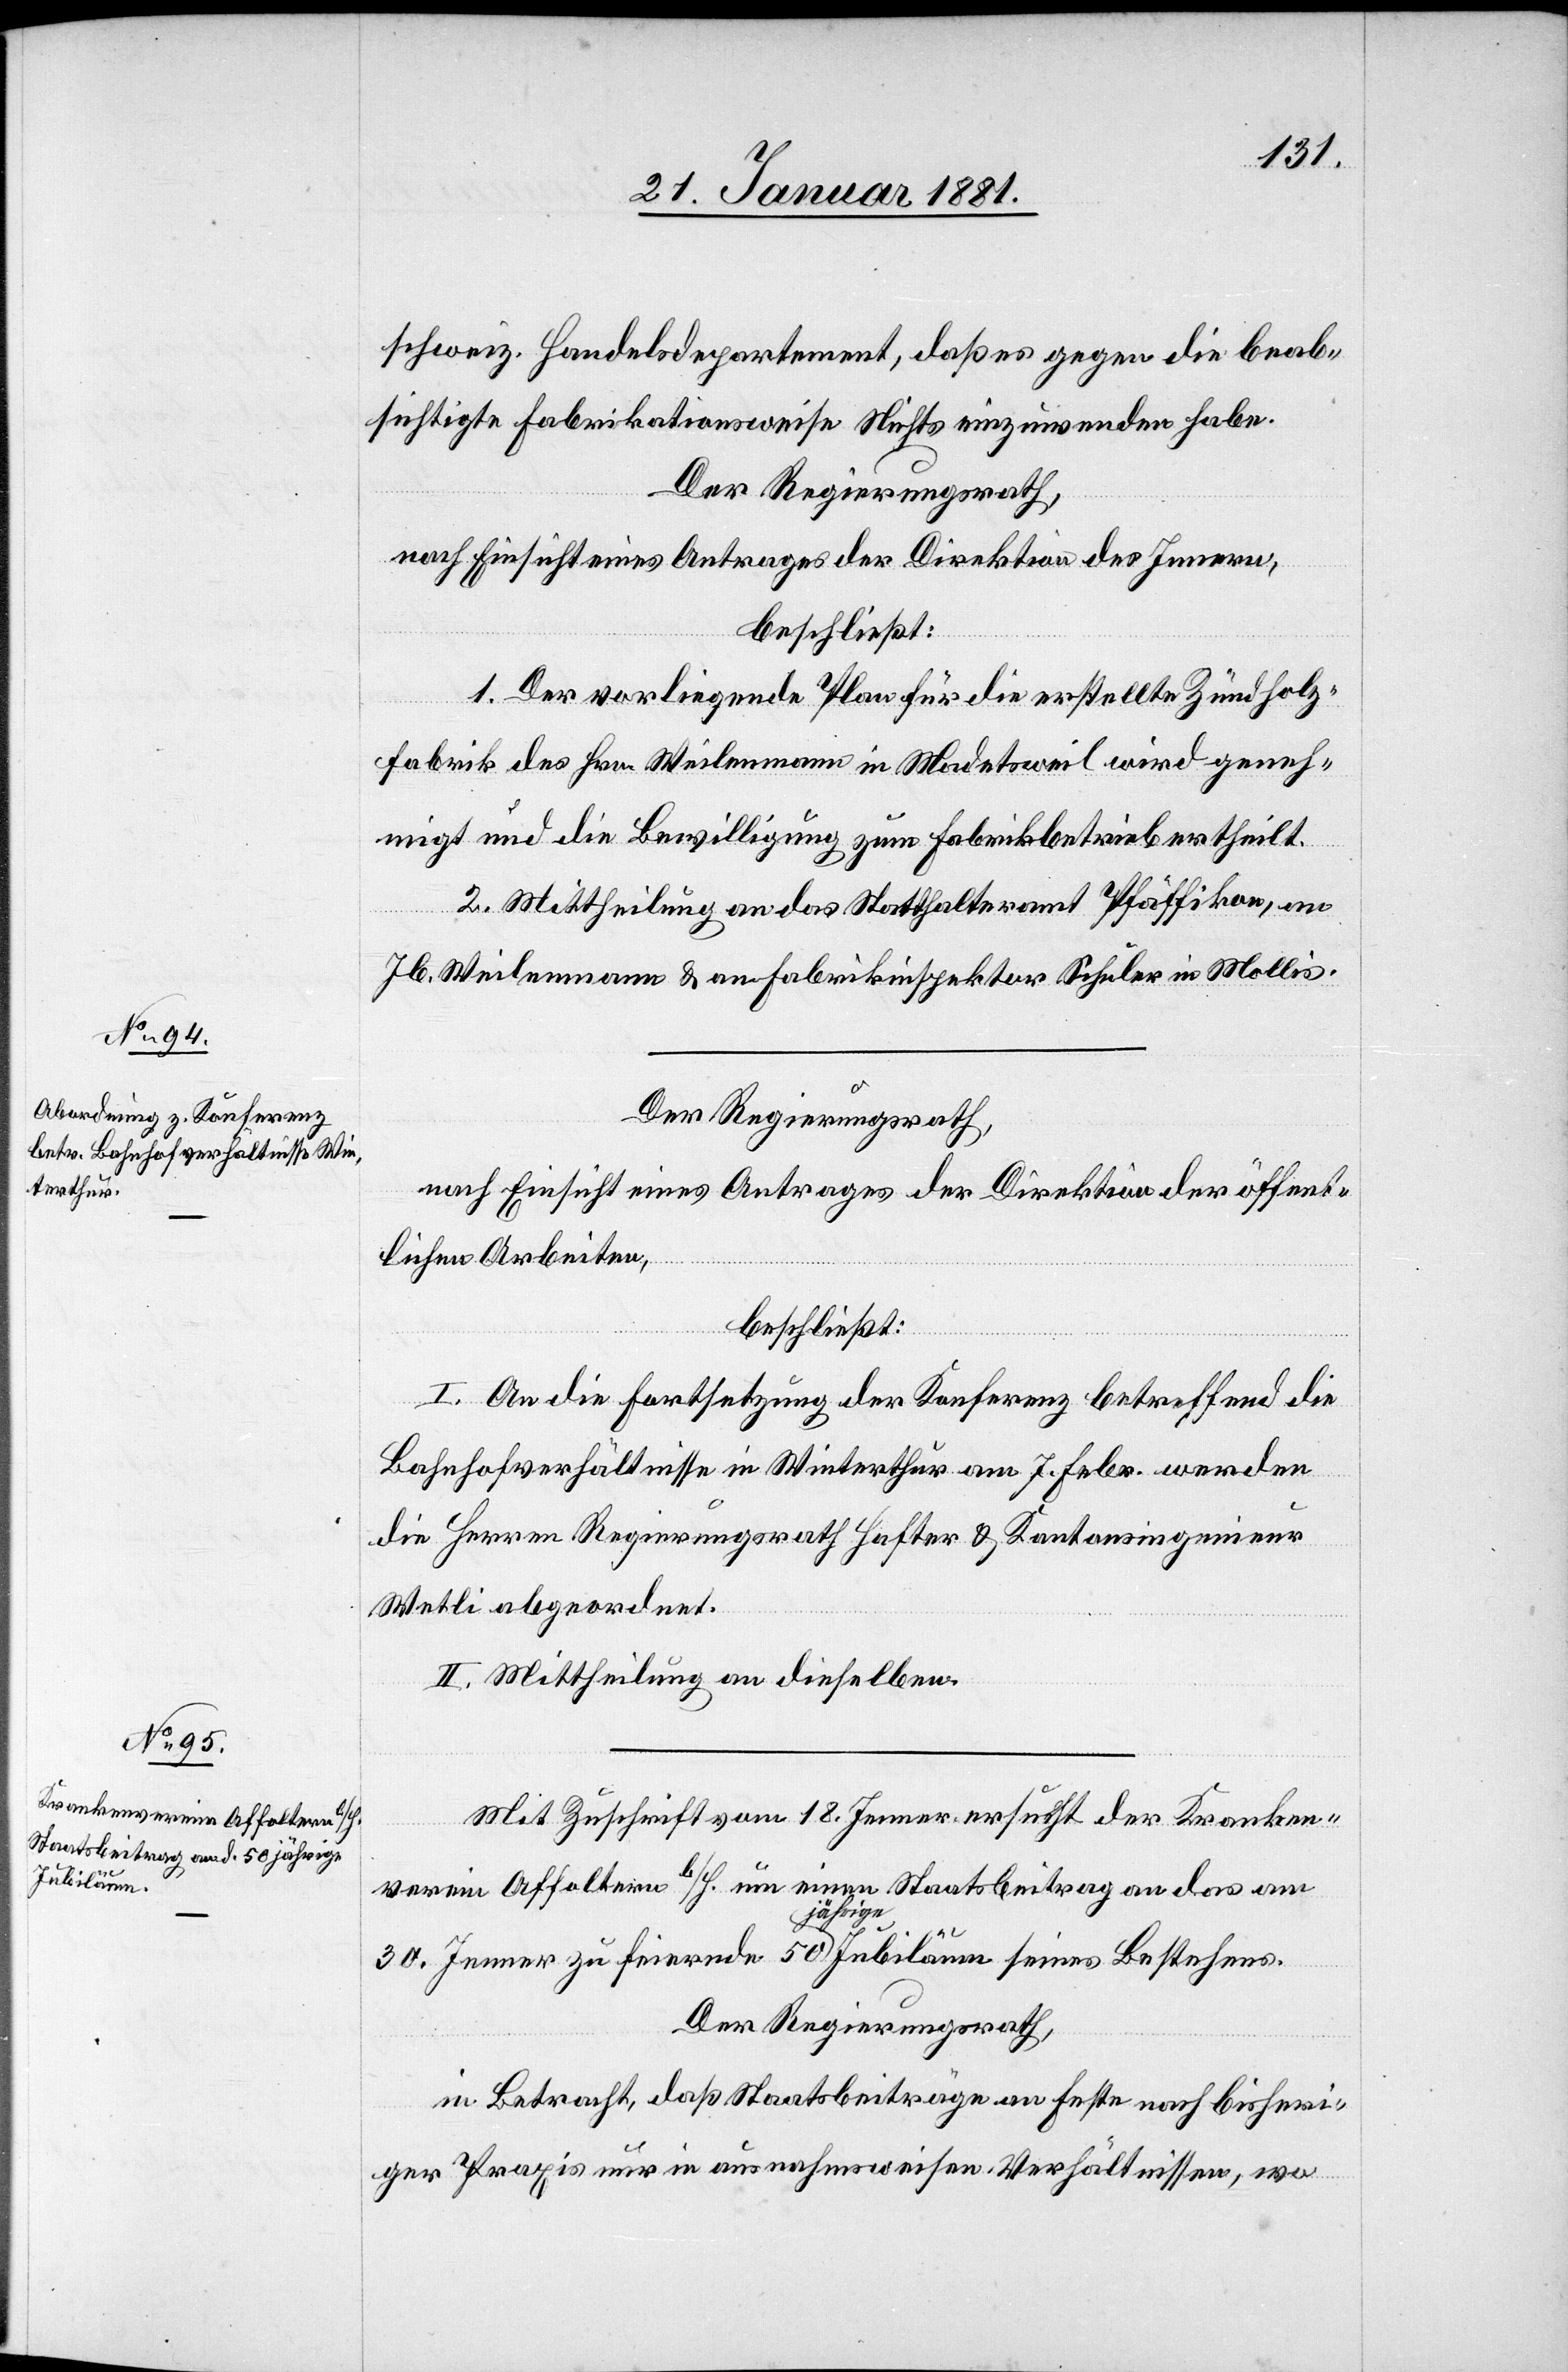
schweiz. Handelsdepartment, daß es gegen die beab¬
sichtigte Fabrikationsweise Nichts einzuwenden habe.
Der Regierungsrath,
nach Einsicht eines Antrages der Direktion des Innern,
beschließt:
1. Der vorliegende Plan für die erstellte Zündholz¬
fabrik des Hrn. Weilenmann in Madetsweil wird geneh¬
migt und die Bewilligung zum Fabrikbetrieb ertheilt.
2. Mittheilung an das Statthalteramt Pfäffikon, an
Jb. Weilenmann & an Fabrikinspektor Schuler in Mollis.
Der Regierungsrath,
nach Einsicht eines Antrages der Direktion der öffent¬
lichen Arbeiten,
beschließt:
I. An die Fortsetzung der Konferenz betreffend die
Bahnhofverhältnisse in Winterthur am 7. Febr. werden
die Herren Regierungsrath Hafter & Kantonsingenieur
Wetli abgeordnet.
II. Mittheilung an dieselben.
Mit Zuschrift vom 18. Jenner ersucht der Kranken¬
verein Affoltern b/H. um einen Staatsbeitrag an das am
30. Jenner zu feiernde 50 jährige Jubiläum seines Bestehens.
Der Regierungsrath,
in Betracht, daß Staatsbeiträge an Feste nach bisheri¬
ger Praxis nur in ausnahmsweisen Verhältnissen, wo